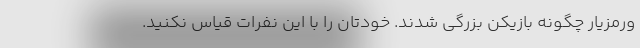
ورمزیار چگونه بازیکن بزرگی شدند. خودتان را با این نفرات قیاس نکنید.